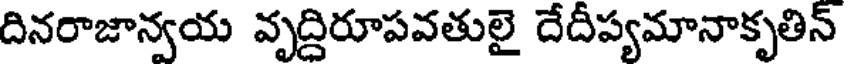
దినరాజాన్వయ వృద్దిరూపవతులై దేదీప్యమానాకృతిన్